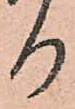
る